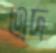
এদ